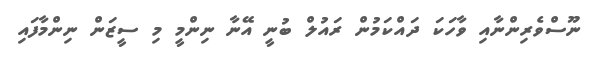
ނޫސްވެރިންނާއި ވާހަކަ ދައްކަމުން ރައުލް ބުނީ އޭނާ ނިންމީ މި ސީޒަން ނިންމާފައި